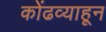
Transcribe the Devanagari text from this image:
कोंढव्याहून